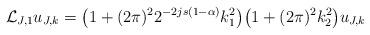
LaTeX: \begin{align*}\mathcal{L}_{J,1} u_{J,k} = \big(1+ (2\pi)^2 2^{-2js(1-\alpha)} k_1^2\big) \big(1+ (2\pi)^2 k^2_2 \big) u_{J,k}\end{align*}